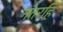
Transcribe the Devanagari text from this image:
नंतरहि